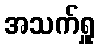
အသက်ရှူ